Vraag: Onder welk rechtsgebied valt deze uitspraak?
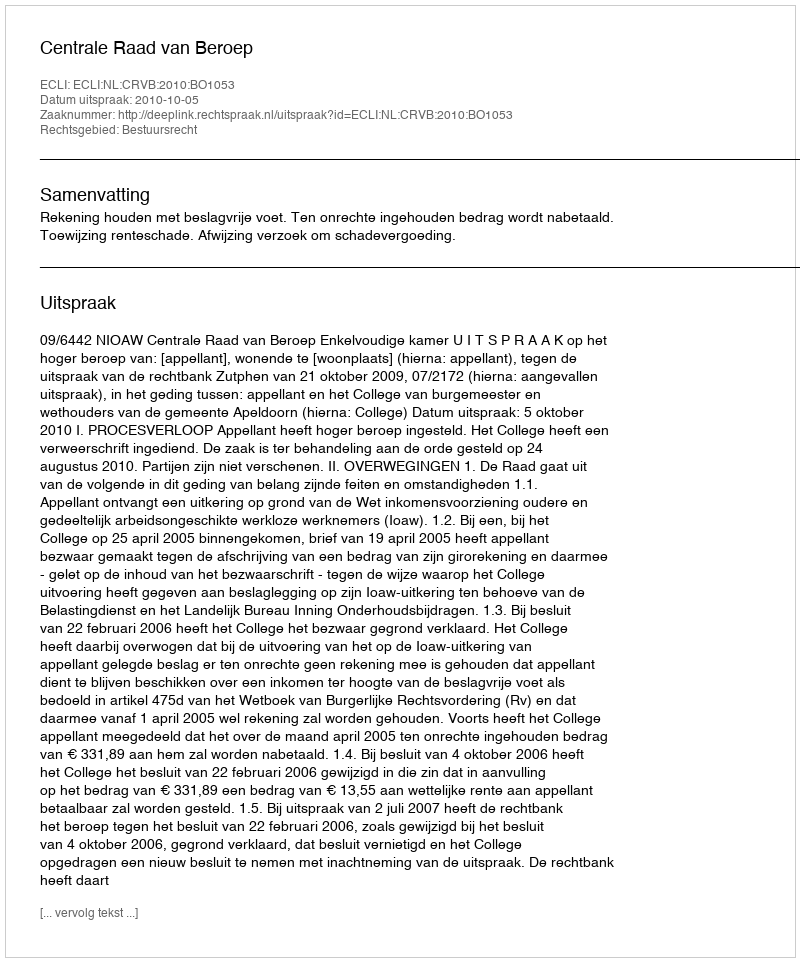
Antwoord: Bestuursrecht